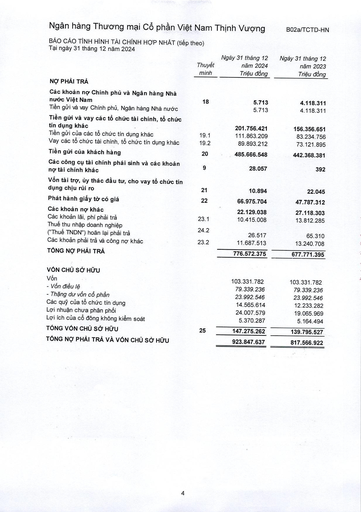
||Thuyết minh|Ngày 31 tháng 12 năm 2024 Triệu đồng|Ngày 31 tháng 12 năm 2023 Triệu đồng| |---|---|---|---| |NỢ PHẢI TRẢ|||| |Các khoản nợ Chính phủ và Ngân hàng Nhà nước Việt Nam|18|5.713|4.118.311| |Tiền gửi và vay Chính phủ, Ngân hàng Nhà nước||5.713|4.118.311| |Tiền gửi và vay các tổ chức tài chính, tổ chức tín dụng khác||201.756.421|156.356.651| |Tiền gửi của các tổ chức tín dụng khác|19.1|111.863.209|83.234.756| |Vay các tổ chức tài chính, tổ chức tín dụng khác|19.2|89.893.212|73.121.895| |Tiền gửi của khách hàng|20|485.666.548|442.368.381| |Các công cụ tài chính phái sinh và các khoản nợ tài chính khác|9|28.057|392| |Vốn tài trợ, ủy thác đầu tư, cho vay tổ chức tín dụng chịu rủi ro|21|10.894|22.045| |Phát hành giấy tờ có giá|22|66.975.704|47.787.312| |Các khoản nợ khác||22.129.038|27.118.303| |Các khoản lãi, phí phải trả|23.1|10.415.008|13.812.285| |Thuế thu nhập doanh nghiệp ("Thuế TNDN") hoãn lại phải trả|24.2|26.517|65.310| |Các khoản phải trả và công nợ khác|23.2|11.687.513|13.240.708| |TỔNG NỢ PHẢI TRẢ||776.572.375|677.771.395| |VỐN CHỦ SỞ HỮU|||| |Vốn||103.331.782|103.331.782| |- Vốn điều lệ||79.339.236|79.339.236| |Thặng dư vốn cổ phần||23.992.546|23.992.546| |Các quỹ của tổ chức tín dụng||14.565.614|12.233.282| |Lợi nhuận chưa phân phối||24.007.579|19.065.969| |Lợi ích của cổ đông không kiểm soát||5.370.287|5.164.494| |TỔNG VỐN CHỦ SỞ HỮU|25|147.275.262|139.795.527| |TỔNG NỢ PHẢI TRẢ VÀ VỐN CHỦ SỞ HỮU||923.847.637|817.566.922|